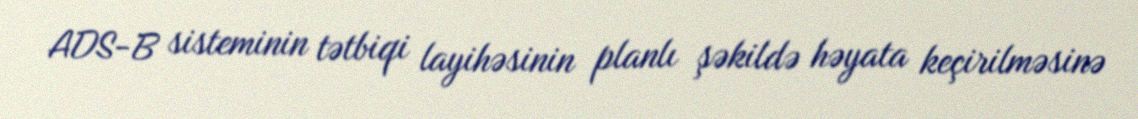
ADS-B sisteminin tətbiqi layihəsinin planlı şəkildə həyata keçirilməsinə